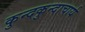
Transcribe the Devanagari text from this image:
कुन्दकुन्दाचार्य